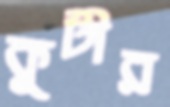
কুটীর